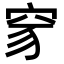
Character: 𥥒